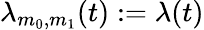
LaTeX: \lambda_{m_{0},m_{1}}(t):=\lambda(t)